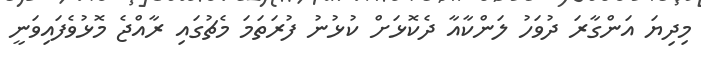
މިދިޔަ އަންގާރަ ދުވަހު ލަންކާއާ ދެކޮޅަށް ކުޅުނު ފުރަތަމަ މެޗުގައި ރާއްޖެ މޮޅުވެފައިވަނީ